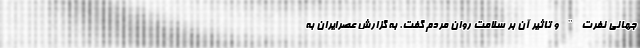
جهانی نفرت" و تاثیر آن بر سلامت روان مردم گفت. به گزارش عصرایران به